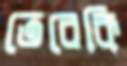
তেরেকি